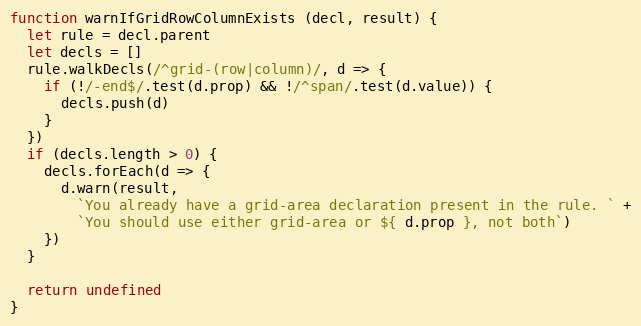
Language: JavaScript
function warnIfGridRowColumnExists (decl, result) {
  let rule = decl.parent
  let decls = []
  rule.walkDecls(/^grid-(row|column)/, d => {
    if (!/-end$/.test(d.prop) && !/^span/.test(d.value)) {
      decls.push(d)
    }
  })
  if (decls.length > 0) {
    decls.forEach(d => {
      d.warn(result,
        `You already have a grid-area declaration present in the rule. ` +
        `You should use either grid-area or ${ d.prop }, not both`)
    })
  }

  return undefined
}